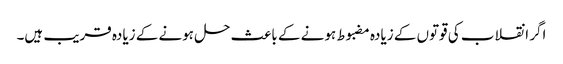
اگر انقلاب کی قوتوں کے زیادہ مضبوط ہونے کے باعث حل ہونے کے زیادہ قریب ہیں۔